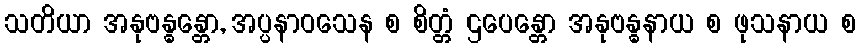
သတိယာ အနုဗန္ဓန္တော, အပ္ပနာဝသေန စ စိတ္တံ ဌပေန္တော အနုဗန္ဓနာယ စ ဖုသနာယ စ